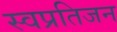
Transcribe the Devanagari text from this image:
स्वप्रतिजन